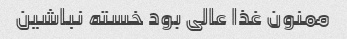
ممنون غذا عالی بود خسته نباشین